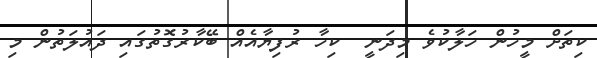
ކިތަށް މީހުން ހަލާކުވެ މިދަނީ  ކިހާ ރުފިޔާއެއް ބޭކާރުގޮތުގައި ދައުލަތުން މި